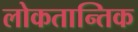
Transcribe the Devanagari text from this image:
लोकतान्तिक